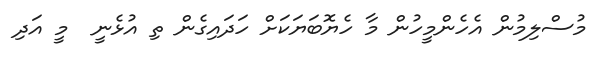
މުސްލިމުން އެހެންމީހުން މާ ހެޔޮބަޔަކަށް ހަދައިގެން ތި އުޅެނީ  މީ އަދި